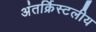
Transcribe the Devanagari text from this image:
अंतर्क्रिस्टलीय